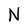
Character: N